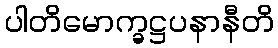
ပါတိမောက္ခဋ္ဌပနာနီတိ